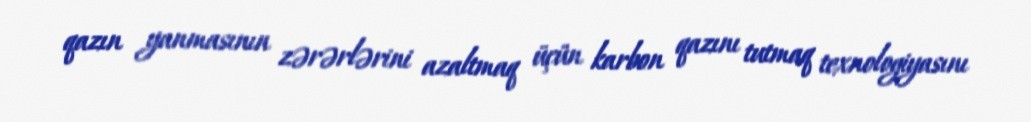
qazın yanmasının zərərlərini azaltmaq üçün karbon qazını tutmaq texnologiyasını